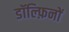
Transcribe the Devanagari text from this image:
डॉल्फ़िनों